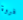
فروة